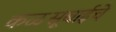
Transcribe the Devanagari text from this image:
कळसूबाईचे